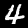
Label: 4